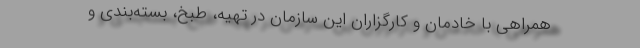
همراهی با خادمان و کارگزاران این سازمان در تهیه، طبخ، بسته‌بندی و